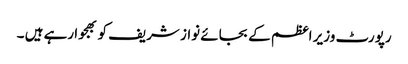
رپورٹ وزیر اعظم کے بجائے نواز شریف کو بھجوا رہے ہیں ۔